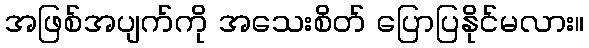
အဖြစ်အပျက်ကို အသေးစိတ် ပြောပြနိုင်မလား။